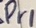
Text: Pr1